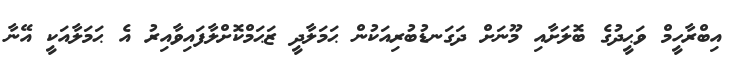
އިބްރާހީމް ވަޙީދުގެ ބޮލަށާއި މޫނަށް ދަގަނޑުބުރިއަކުން ޙަމަލާދީ ޒަޙަމްކޮށްލާފައިވާއިރު އެ ޙަމަލާއަކީ އޭނާ